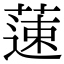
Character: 䔎